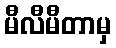
မီလီမီတာမှ